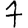
Digit: 7